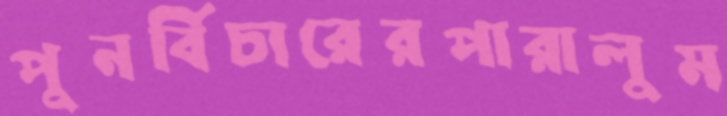
পুনর্বিচারেরপারালুম